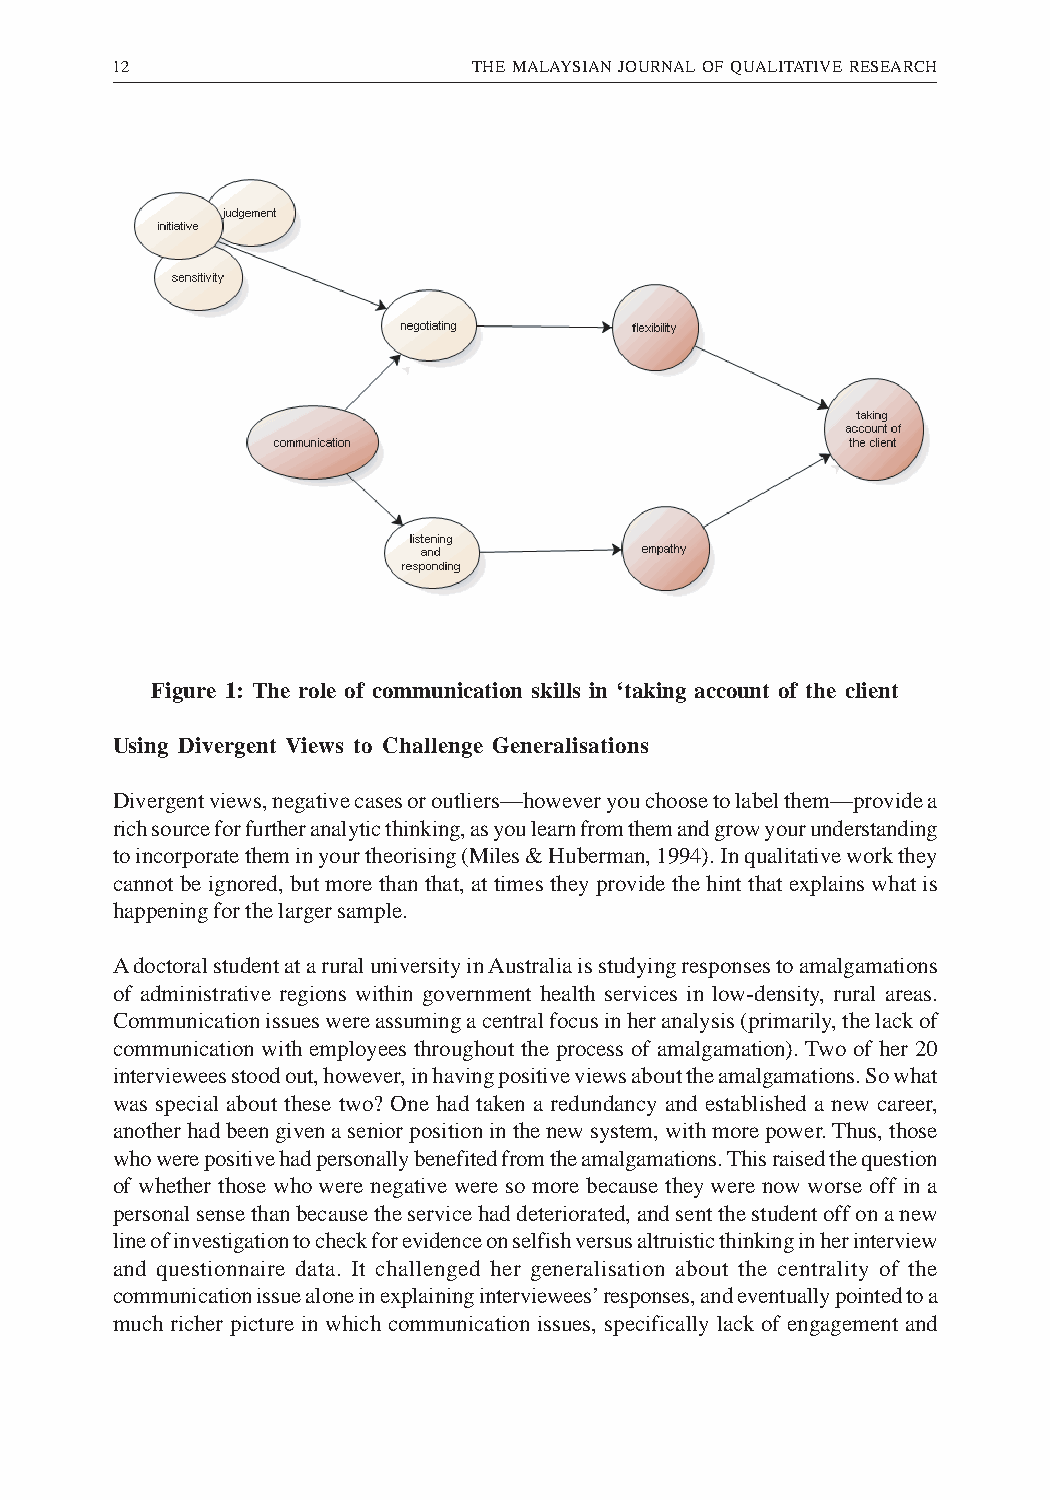
12                      THE MALAYSIAN JOURNAL OF QUALITATIVE RESEARCH
 Figure 1: The role of communication skills in ‘taking account of the client
 Using Divergent Views to Challenge Generalisations
 Divergent views, negative cases or outliers—however you choose to label them—provide a
 rich source for further analytic thinking, as you learn from them and grow your understanding
 to incorporate them in your theorising (Miles & Huberman, 1994). In qualitative work they
 cannot be ignored, but more than that, at times they provide the hint that explains what is
 happening for the larger sample.
 A doctoral student at a rural university in Australia is studying responses to amalgamations
 of administrative regions within government health services in low-density, rural areas.
 Communication issues were assuming a central focus in her analysis (primarily, the lack of
 communication with employees throughout the process of amalgamation). Two of her 20
 interviewees stood out, however, in having positive views about the amalgamations. So what
 was special about these two? One had taken a redundancy and established a new career,
 another had been given a senior position in the new system, with more power. Thus, those
 who were positive had personally benefited from the amalgamations. This raised the question
 of whether those who were negative were so more because they were now worse off in a
 personal sense than because the service had deteriorated, and sent the student off on a new
 line of investigation to check for evidence on selfish versus altruistic thinking in her interview
 and questionnaire data. It challenged her generalisation about the centrality of the
 communication issue alone in explaining interviewees’ responses, and eventually pointed to a
 much richer picture in which communication issues, specifically lack of engagement and